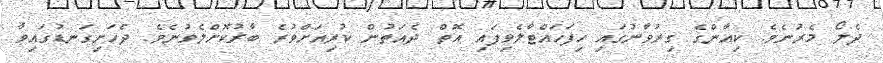
ދެލޯ މެރުނެވެ. ކިއާންގެ ގިރުވާނުގައި ހިފަހައްޓާލެވިފައި އޮތް ދެއަތުން ކުރިއަށްވުރެ ބާރުކޮށްލެވުނެވެ. ދެހަށިގަނޑުގައިވާ